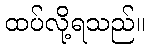
ထပ်လို့ရသည်။